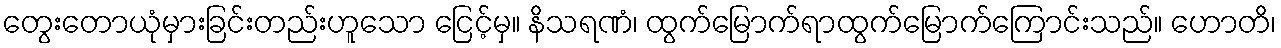
တွေးတောယုံမှားခြင်းတည်းဟူသော ငြေင့်မှ။ နိသရဏံ၊ ထွက်မြောက်ရာထွက်မြောက်ကြောင်းသည်။ ဟောတိ၊